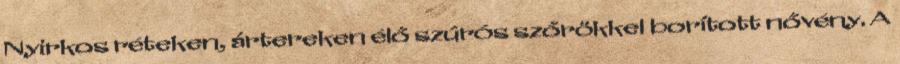
Nyirkos réteken, ártereken élő szúrós szőrökkel borított nővény. A